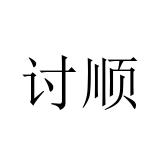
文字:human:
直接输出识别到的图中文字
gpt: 讨顺